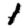
Digit: 1